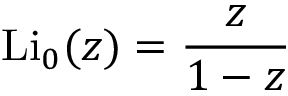
\operatorname { L i } _ { 0 } ( z ) = { \frac { z } { 1 - z } }